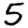
Digit: 5